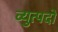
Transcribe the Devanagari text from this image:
व्युत्पदों